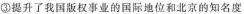
③提升了我国版权事业的国际地位和北京的知名度